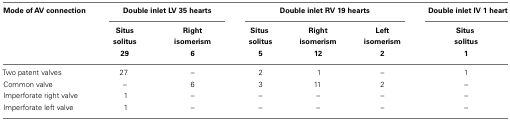
<table><thead><tr><td><b>Mode of AV connection</b></td><td colspan="2"><b>Double inlet LV 35 hearts</b></td><td colspan="3"><b>Double inlet RV 19 hearts</b></td><td><b>Double inlet IV 1 heart</b></td></tr><tr><td></td><td><b>Situs</b></td><td><b>Right</b></td><td><b>Situs</b></td><td><b>Right</b></td><td><b>Left</b></td><td><b>Situs</b></td></tr><tr><td></td><td><b>solitus</b></td><td><b>isomerism</b></td><td><b>solitus</b></td><td><b>isomerism</b></td><td><b>isomerism</b></td><td><b>solitus</b></td></tr><tr><td></td><td><b>29</b></td><td><b>6</b></td><td><b>5</b></td><td><b>12</b></td><td><b>2</b></td><td><b>1</b></td></tr></thead><tbody><tr><td>Two patent valves</td><td>27</td><td>–</td><td>2</td><td>1</td><td>–</td><td>1</td></tr><tr><td>Common valve</td><td>–</td><td>6</td><td>3</td><td>11</td><td>2</td><td>–</td></tr><tr><td>Imperforate right valve</td><td>1</td><td>–</td><td>–</td><td>–</td><td>–</td><td>–</td></tr><tr><td>Imperforate left valve</td><td>1</td><td>–</td><td>–</td><td>–</td><td>–</td><td>–</td></tr></tbody></table>